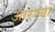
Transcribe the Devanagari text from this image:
आरश्या